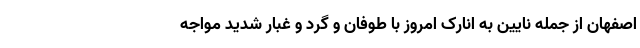
اصفهان از جمله نایین به انارک امروز با طوفان و گرد و غبار شدید مواجه